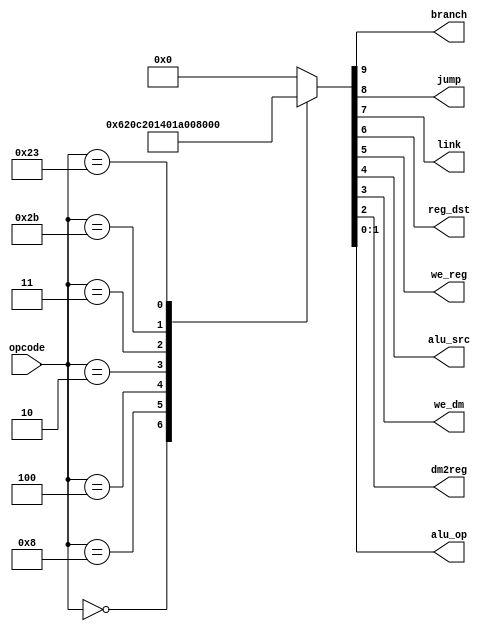
module maindec (
        input  wire [5:0] opcode,
        output wire       branch,
        output wire       jump,
        output wire       link,
        output wire       reg_dst,
        output wire       we_reg,
        output wire       alu_src,
        output wire       we_dm,
        output wire       dm2reg,
        output wire [1:0] alu_op
    );

    reg [9:0] ctrl;

    assign {branch, jump, link, reg_dst, we_reg, alu_src, we_dm, dm2reg, alu_op} = ctrl;

    always @ (opcode) begin
        case (opcode)
            6'b00_0000: ctrl = 10'b0_0_0_1_1_0_0_0_10; // R-type
            6'b00_1000: ctrl = 10'b0_0_0_0_1_1_0_0_00; // ADDI
            6'b00_0100: ctrl = 10'b1_0_0_0_0_0_0_0_01; // BEQ
            6'b00_0010: ctrl = 10'b0_1_0_0_0_0_0_0_00; // J
            6'b00_0011: ctrl = 10'b0_1_1_0_1_0_0_0_00; // JAL
            6'b10_1011: ctrl = 10'b0_0_0_0_0_1_1_0_00; // SW
            6'b10_0011: ctrl = 10'b0_0_0_0_1_1_0_1_00; // LW
            default:    ctrl = 10'b0_0_0_0_0_0_0_0_00;
        endcase
    end

endmodule